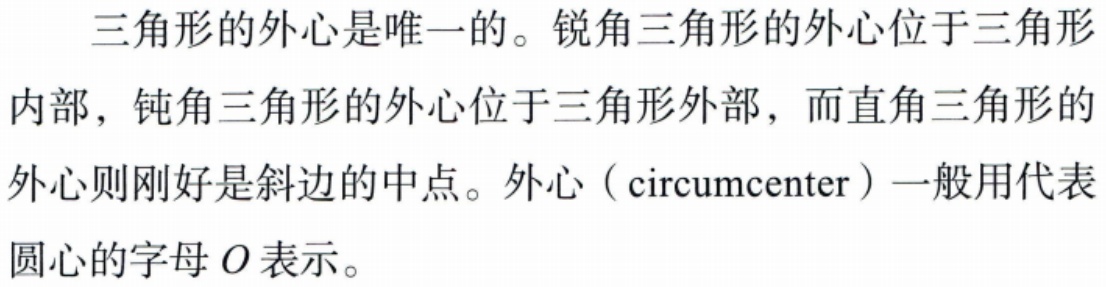
三角形的外心是唯一的。锐角三角形的外心位于三角形内部，钝角三角形的外心位于三角形外部，而直角三角形的外心则刚好是斜边的中点。外心（circumcenter）一般用代表圆心的字母\(O\)表示。